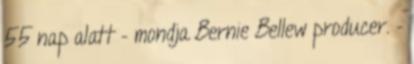
55 nap alatt – mondja Bernie Bellew producer. –